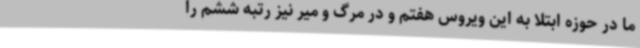
ما در حوزه ابتلا به این ویروس هفتم و در مرگ و میر نیز رتبه ششم را